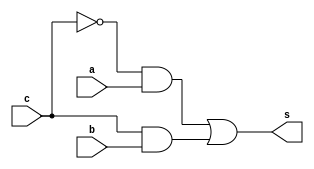
// ------------------------- 
// Exemplo0032 - F4 
// Nome: Jos Ferreira Reis Fonseca
// ------------------------- 
// ------------------------- 
// op1b 
// ------------------------- 
module op1b (output s, 
input a, 
input b, 
input c); 
// --descrio
wire s1, s2;

and and1 (s1, ~c, a);
and and2 (s2, c, b);
or or1 (s, s1, s2);

endmodule // op1b 
// ------------------------- 
// ------------------------- 
// op4b 
// ------------------------- 
module op4b (output [3:0] s, 
input [3:0] a, 
input [3:0] b,
input c); 
// --descrio

op1b op1 (s[0], a[0], b[0], c);
op1b op2 (s[1], a[1], b[1], c);
op1b op3 (s[2], a[2], b[2], c);
op1b op4 (s[3], a[3], b[3], c);

endmodule // op4b 
// ------------------------- 
// ------------------------- 
// f4_gate 
// ------------------------- 
module f4 (output [3:0] s, 
input [3:0] a, 
input [3:0] b,
input c); 
// -- descrio
wire [3:0] fioAND, fioOR;

and and1 (fioAND[0], a[0], b[0]);
and and2 (fioAND[1], a[1], b[1]);
and and3 (fioAND[2], a[2], b[2]);
and and4 (fioAND[3], a[3], b[3]);

or or1 (fioOR[0], a[0], b[0]);
or or2 (fioOR[1], a[1], b[1]);
or or3 (fioOR[2], a[2], b[2]);
or or4 (fioOR[3], a[3], b[3]);

op4b op1 (s, fioAND, fioOR, c);

endmodule // f4 
// ------------------------- 
module test_f4; 
// ------------------------- definir dados 
reg [3:0] x; 
reg [3:0] y; 
reg c;
wire [3:0] z; 
f4 modulo (z, x, y, c); 
// ------------------------- parte principal 
initial begin 
$display("Exemplo0032 - Jose Ferreira Reis Fonseca - 405808"); 
$display("Test LU's module"); 
x = 4'b0011; y = 4'b0101; c=0;
// projetar testes do modulo 
#1 $monitor("%3b %3b option: %1b == %3b",x,y,c,z); 
#1 c=1;
#1 x = 4'b1010; y = 4'b1101; c=0;
#1 x = 4'b1010; y = 4'b1101; c=1;
#1 x = 4'b1111; y = 4'b1111; c=0;
#1 x = 4'b1111; y = 4'b1111; c=1;
#1 x = 4'b0000; y = 4'b0000; c=0;
#1 x = 4'b0000; y = 4'b0000; c=1;
#1 x = 4'b1010; y = 4'b0101; c=0;
#1 x = 4'b1010; y = 4'b0101; c=1;
end 
endmodule // test_f4